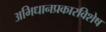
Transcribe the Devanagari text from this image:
अभिधानप्रकारविशेष